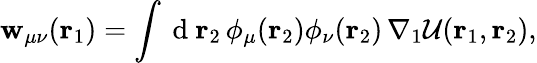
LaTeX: \mathbf{w}_{\mu\nu}({\mathbf{r}_{1}})=\int\mathrm{~d~}{\mathbf{r}_{2}}\, \phi_{\mu}({\mathbf{r}_{2}})\phi_{\nu}({\mathbf{r}_{2}})\, \nabla_{1}\mathcal{U}({\mathbf{r}_{1}},{\mathbf{r}_{2}}),